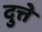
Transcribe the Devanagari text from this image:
दुत्ते